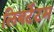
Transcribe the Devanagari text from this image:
लिबर्टेटम